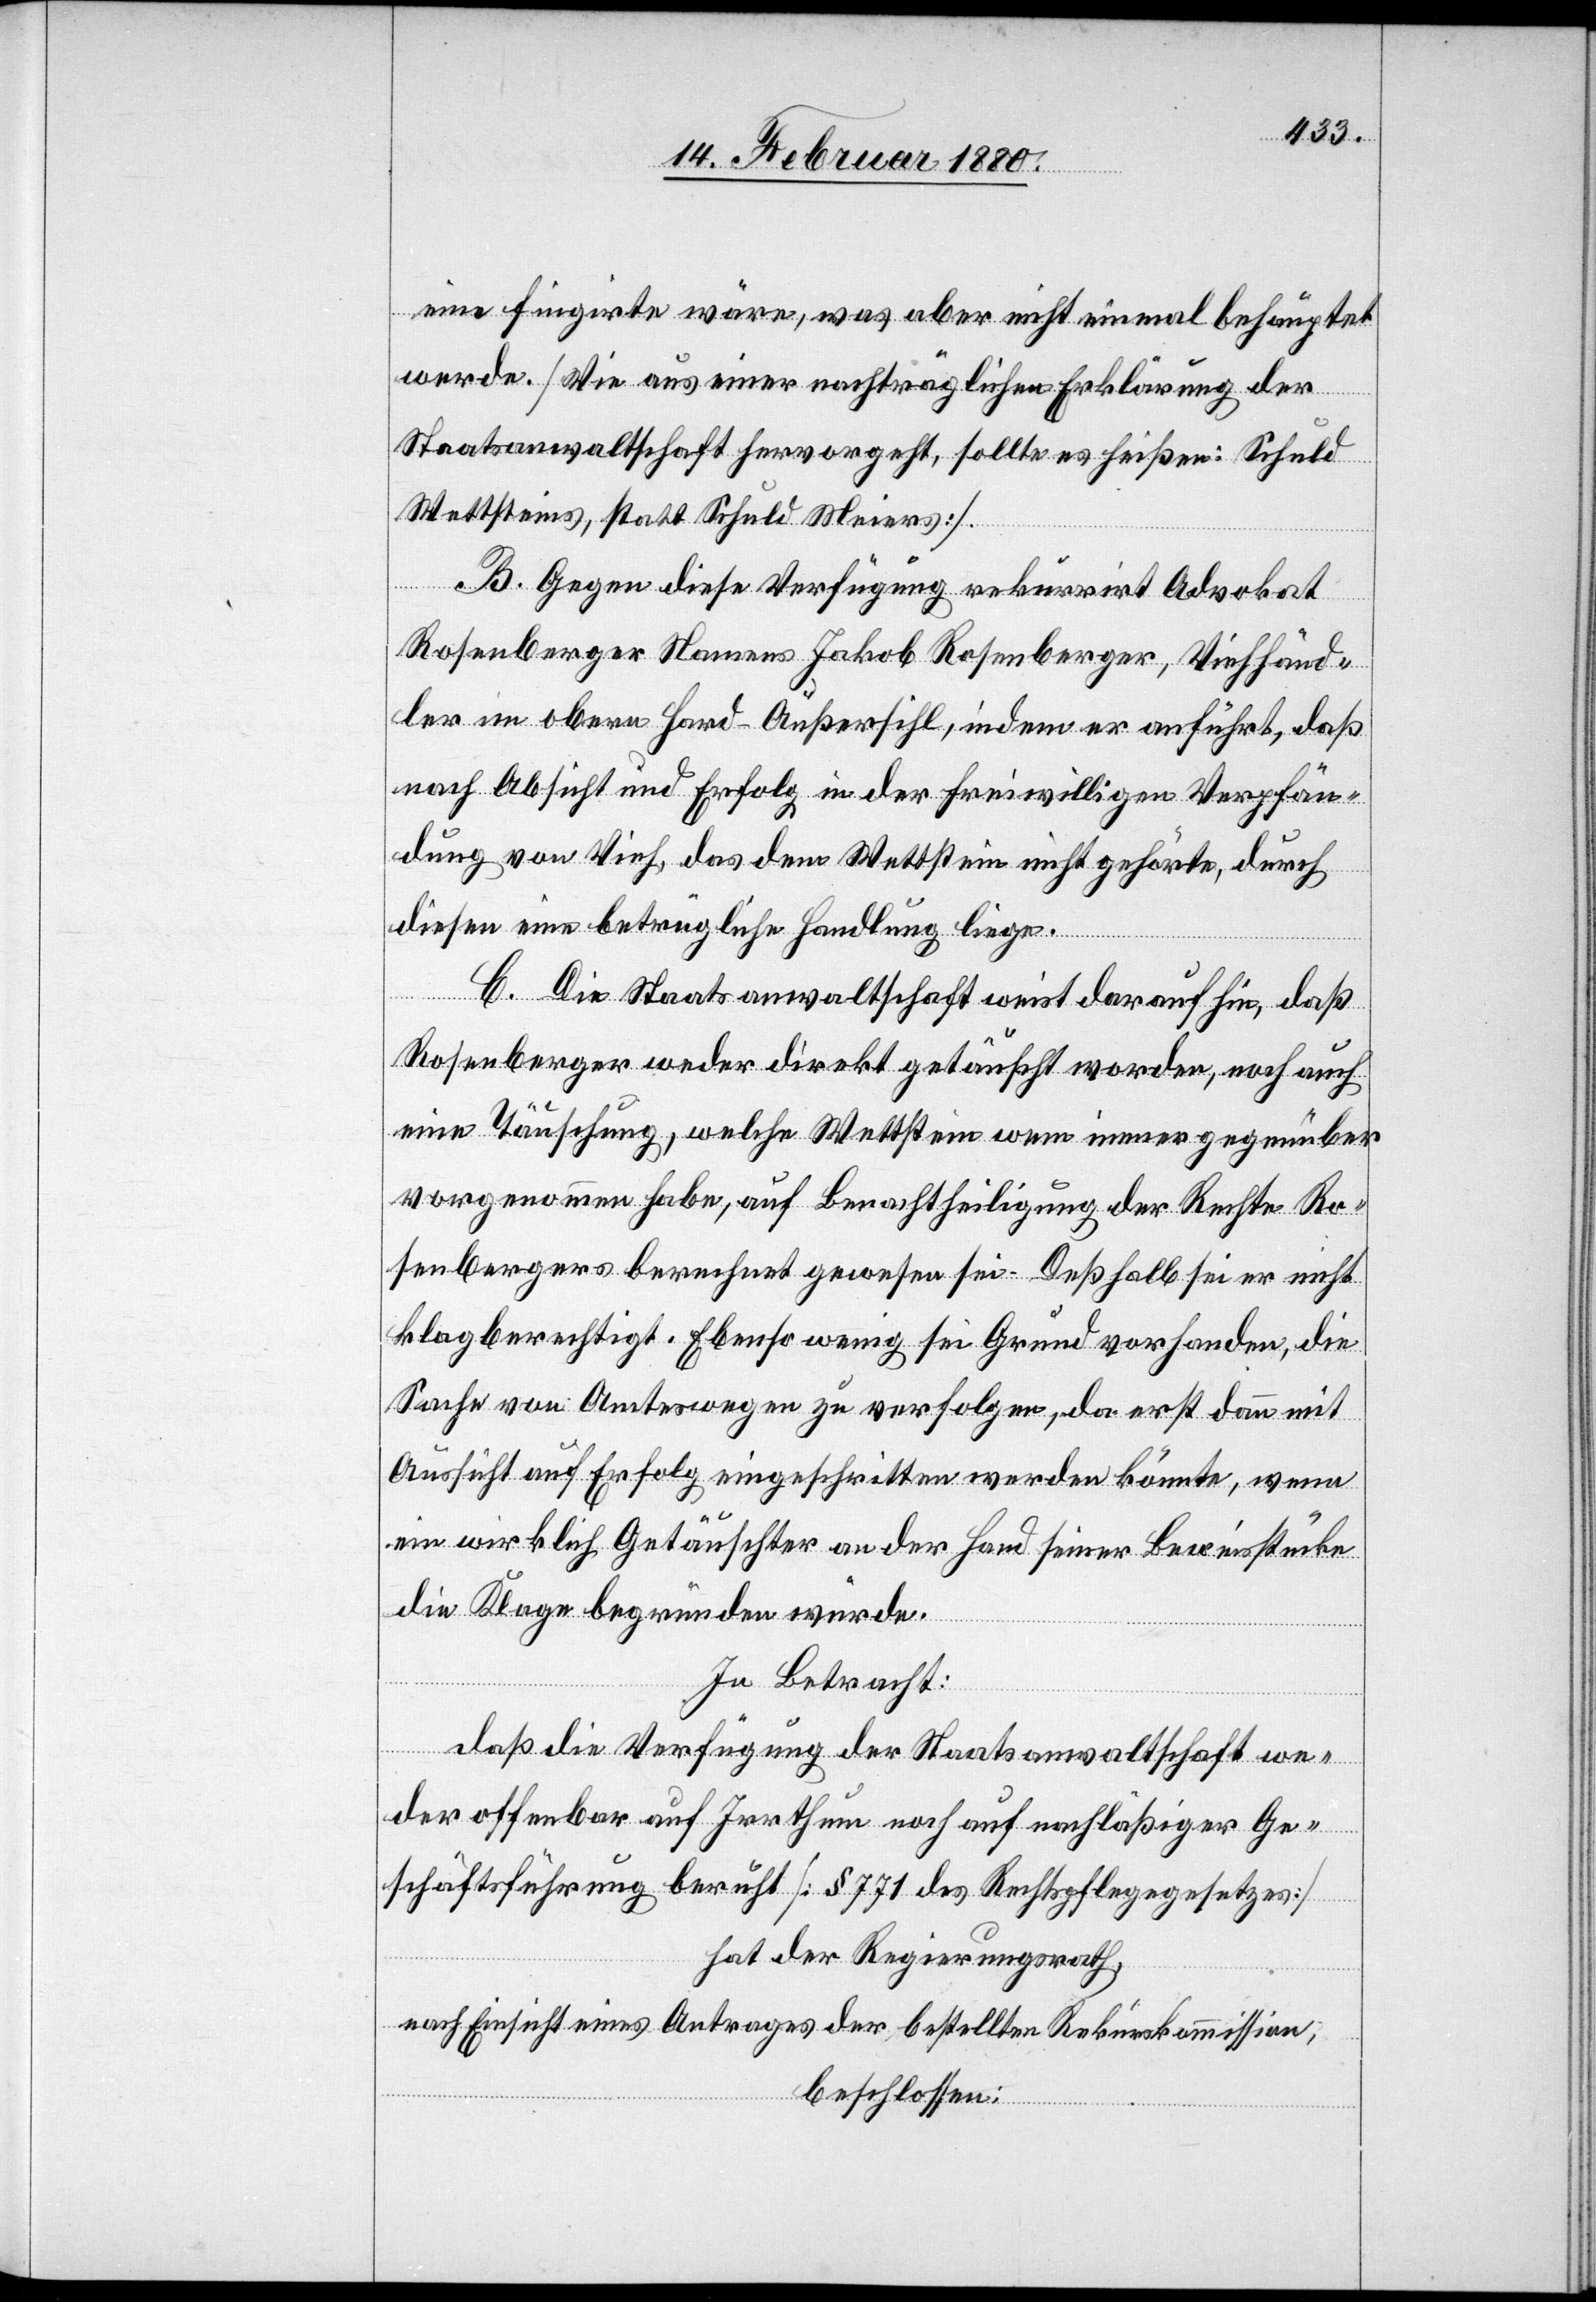
eine fingirte wäre, was aber nicht einmal behauptet
werde. [Wie aus einer nachträglichen Erklärung der
Staatsanwaltschaft hervorgeht, sollte es heißen: Schuld
Wettsteins, statt Schuld Meiers].
B. Gegen diese Verfügung rekurrirt Advokat
Rosenberger Namens Jakob Rosenberger, Viehhänd¬
ler im obern Hard - Außersihl, indem er anführt, daß
nach Absicht und Erfolg in der freiwilligen Verpfän¬
dung von Vieh, das dem Wettstein nicht gehörte, durch
diesen eine betrügliche Handlung liege.
C. Die Staatsanwaltschaft weist darauf hin, daß
Rosenberger weder direkt getäuscht worden, noch auch
eine Täuschung, welche Wettstein wem immer gegenüber
vorgenommen habe, auf Benachtheiligung der Rechte Ro¬
senbergers berechnet gewesen sei. Deßhalb sei er nicht
klagberechtigt. Ebenso wenig sei Grund vorhanden, die
Sache von Amtswegen zu verfolgen, da erst dann mit
Aussicht auf Erfolg eingeschritten werden könnte, wenn
ein wirklich Getäuschter an der Hand seiner Beweisstücke
die Klage begründen würde.
In Betracht:
daß die Verfügung der Staatsanwaltschaft we¬
der offenbar auf Irrthum noch auf nachläßiger Ge¬
schäftsführung beruht [§ 771 des Rechtspflegegesetzes]
hat der Regierungsrath,
nach Einsicht eines Antrages der bestellten Rekurskommission;
beschlossen: